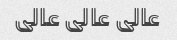
عالی عالی عالی